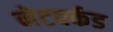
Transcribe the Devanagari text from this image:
नेटवर्कड